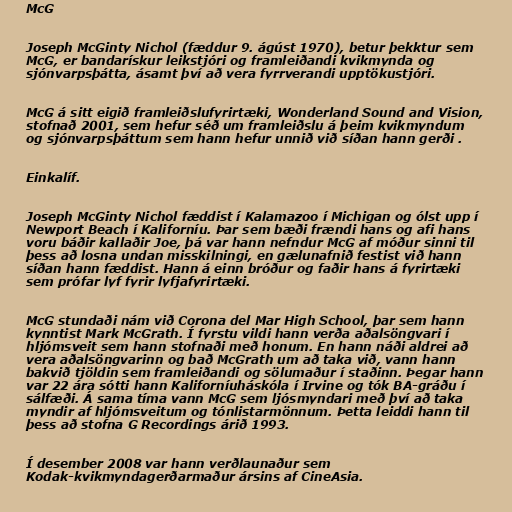
McG

Joseph McGinty Nichol (fæddur 9. ágúst 1970), betur þekktur sem
McG, er bandarískur leikstjóri og framleiðandi kvikmynda og
sjónvarpsþátta, ásamt því að vera fyrrverandi upptökustjóri.

McG á sitt eigið framleiðslufyrirtæki, Wonderland Sound and Vision,
stofnað 2001, sem hefur séð um framleiðslu á þeim kvikmyndum
og sjónvarpsþáttum sem hann hefur unnið við síðan hann gerði .

Einkalíf.

Joseph McGinty Nichol fæddist í Kalamazoo í Michigan og ólst upp í
Newport Beach í Kaliforníu. Þar sem bæði frændi hans og afi hans
voru báðir kallaðir Joe, þá var hann nefndur McG af móður sinni til
þess að losna undan misskilningi, en gælunafnið festist við hann
síðan hann fæddist. Hann á einn bróður og faðir hans á fyrirtæki
sem prófar lyf fyrir lyfjafyrirtæki.

McG stundaði nám við Corona del Mar High School, þar sem hann
kynntist Mark McGrath. Í fyrstu vildi hann verða aðalsöngvari í
hljómsveit sem hann stofnaði með honum. En hann náði aldrei að
vera aðalsöngvarinn og bað McGrath um að taka við, vann hann
bakvið tjöldin sem framleiðandi og sölumaður í staðinn. Þegar hann
var 22 ára sótti hann Kaliforníuháskóla í Irvine og tók BA-gráðu í
sálfæði. Á sama tíma vann McG sem ljósmyndari með því að taka
myndir af hljómsveitum og tónlistarmönnum. Þetta leiddi hann til
þess að stofna G Recordings árið 1993.

Í desember 2008 var hann verðlaunaður sem
Kodak-kvikmyndagerðarmaður ársins af CineAsia.